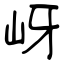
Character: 岈